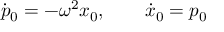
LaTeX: \dot { p } _ { 0 } = - \omega ^ { 2 } x _ { 0 } , \qquad \dot { x } _ { 0 } = p _ { 0 }